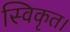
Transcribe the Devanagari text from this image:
स्विकृत।